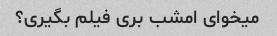
میخوای امشب بری فیلم بگیری؟